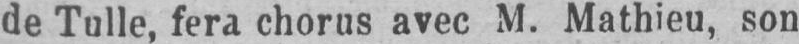
de Tulle, fera chorus avec M. Mathieu, son